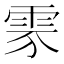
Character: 𩂚